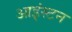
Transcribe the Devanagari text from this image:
आइंस्टन